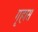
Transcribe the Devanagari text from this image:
गृहास